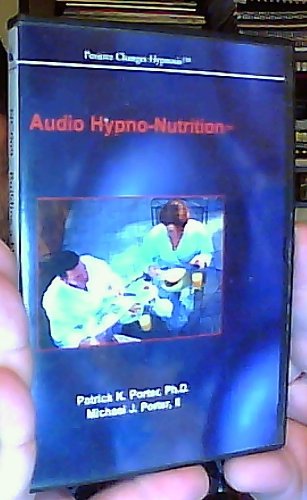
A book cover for Building A Healthy Immune System: How Blood Type and Diet Affect the Immune System (NC009) [CD] (Audio Hypno-Nutrition); Health, Fitness & Dieting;